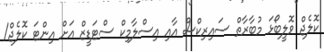
ކޮލެޖް ވޮލީބޯޅަ މުބާރާތް ސައިރިކްސް އާއި އިސްލާމިކް ސްޓަޑީޒް އަށް އިންޓަ ކޮލެޖް/